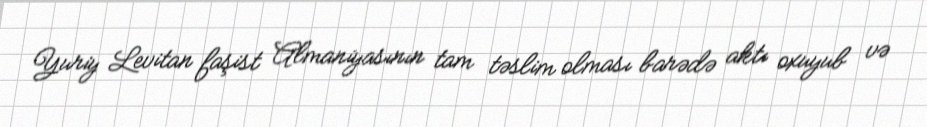
Yuriy Levitan faşist Almaniyasının tam təslim olması barədə aktı oxuyub və